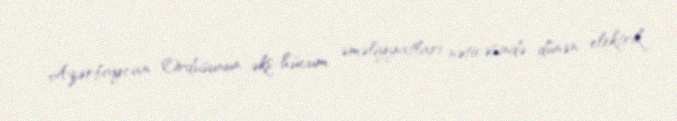
Azərbaycan Ordusunun əks-hücum əməliyyatları nəticəsində dünən elektrik